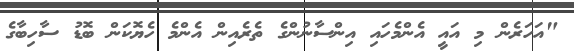
"އަހަރެން މި އައީ އެންމެހައި އިންސާނުންގެ ތެރެއިން އެންމެ ހެޔޮކަން ބޮޑު ސާހިބާގެ